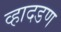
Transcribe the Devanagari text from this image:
व्हादडण